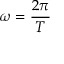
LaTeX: \omega = { \frac { 2 \pi } { T } }